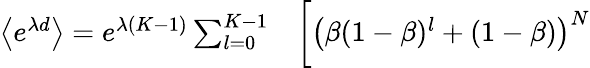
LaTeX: \begin{array}{rl}{\left\langle e^{\lambda d}\right\rangle=e^{\lambda(K-1)}\sum_{l=0}^{K-1}}&{{}\biggl[\left(\beta(1-\beta)^{l}+(1-\beta)\right)^{N}}\end{array}